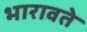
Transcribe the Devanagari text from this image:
भारावते